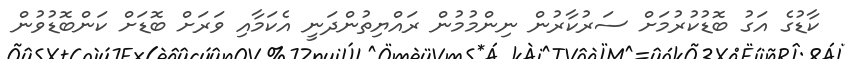
ކާޑުގެ އަގު ބޮޑުކުރުމަށް ސަރުކާރުން ނިންމުމުން ރައްޔިތުންދަނީ އެކަމާއި ވަރަށް ބޮޑަށް ކަންބޮޑުވުން